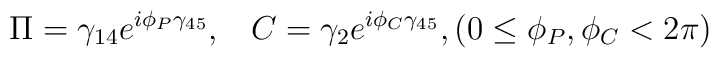
\Pi=\gamma_{14} e^{i\phi_P \gamma_{45}}, \;\;\; C=\gamma_{2} e^{i\phi_C \gamma_{45}}, (0\leq \phi_P,\phi_C < 2\pi)